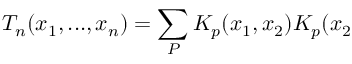
T _ { n } ( x _ { 1 } , . . . , x _ { n } ) = \sum _ { P } K _ { p } ( x _ { 1 } , x _ { 2 } ) K _ { p } ( x _ { 2 }